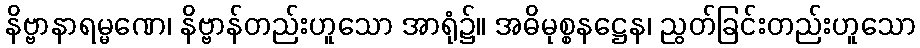
နိဗ္ဗာနာရမ္မဏေ၊ နိဗ္ဗာန်တည်းဟူသော အာရုံ၌။ အဓိမုစ္စနဋ္ဌေန၊ ညွတ်ခြင်းတည်းဟူသော